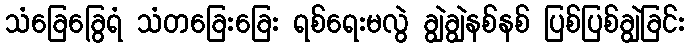
သံခြေခြွေရံ သံတခြေးခြေး ရစ်ရေးမလွဲ ချွဲချွဲနစ်နစ် ပြစ်ပြစ်ချွဲခြင်း